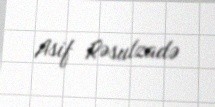
Asif Rəsulzadə